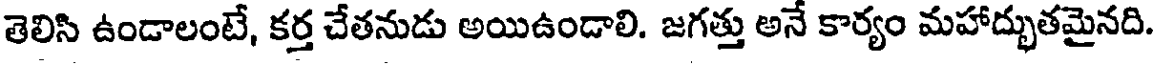
తెలిసి ఉండాలంటే, కర్త చేతనుడు అయిఉండాలి. జగత్తు అనే కార్యం మహాద్భుతమైనది